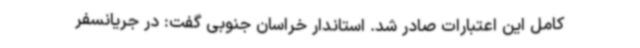
کامل این اعتبارات صادر شد. استاندار خراسان جنوبی گفت: در جریانسفر